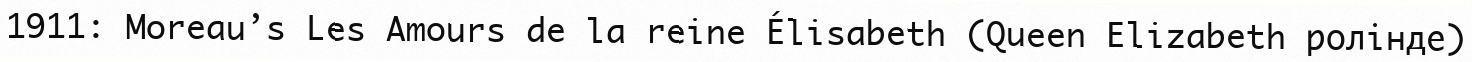
1911: Moreau’s Les Amours de la reine Élisabeth (Queen Elizabeth ролінде)